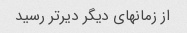
از زمانهای دیگر دیرتر رسید